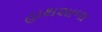
હાથશાળા